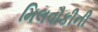
મિલવૌકીની